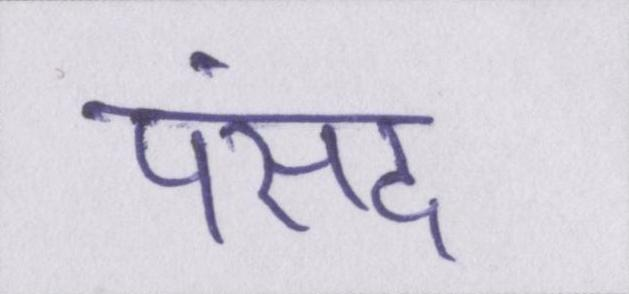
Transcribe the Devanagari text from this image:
पंसद